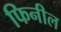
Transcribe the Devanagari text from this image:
फिनील